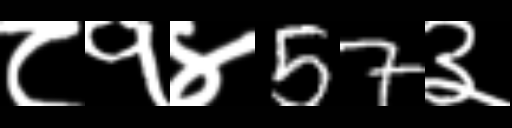
Text: ८१४57३